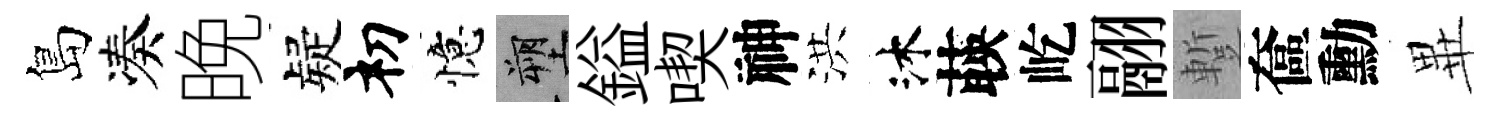
島凑晚疑𥘉憶塑鎰喫神洪沐𦴤屹翮蹔奩勳𭺾